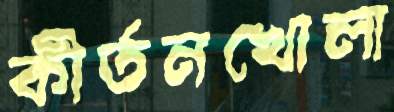
কীর্তনখোলা